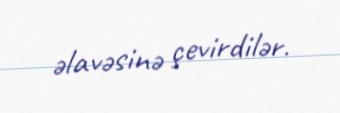
əlavəsinə çevirdilər.